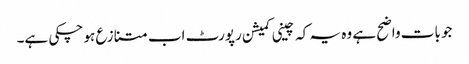
جو بات واضح ہے وہ یہ کہ چینی کمیشن رپورٹ اب متنازع ہو چکی ہے۔